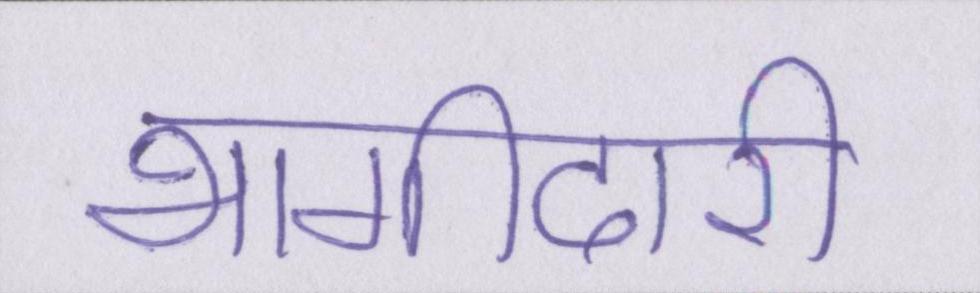
भागीदारी